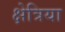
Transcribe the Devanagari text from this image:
क्षेत्रिया